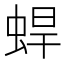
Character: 𰲼